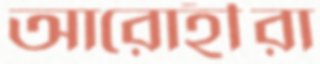
আরোহীরা